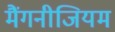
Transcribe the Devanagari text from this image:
मैंगनीजियम